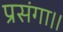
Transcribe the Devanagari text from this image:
प्रसंगा।।